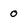
Character: 0